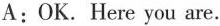
A:OK. Here you are.